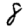
Digit: 8